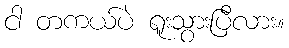
ငါ တကယ်ပဲ ရူးသွားပြီလား။